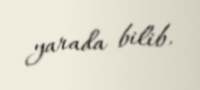
yarada bilib.